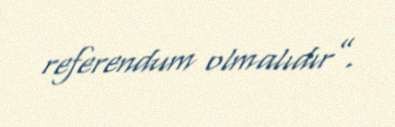
referendum olmalıdır”.